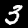
Label: 3